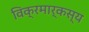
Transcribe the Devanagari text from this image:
विक्रमार्कस्य